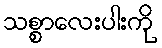
သစ္စာလေးပါးကို